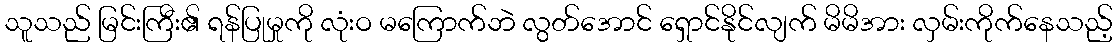
သူသည် မြင်းကြီး၏ ရန်ပြုမှုကို လုံးဝ မကြောက်ဘဲ လွတ်အောင် ရှောင်နိုင်လျက် မိမိအား လှမ်းကိုက်နေသည့်